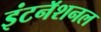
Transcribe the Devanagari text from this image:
इंटनॅशनल